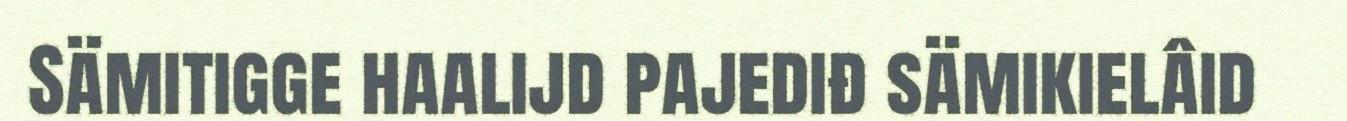
Sämitigge haalijd pajediđ sämikielâid